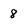
Character: 8